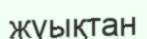
жуықтан